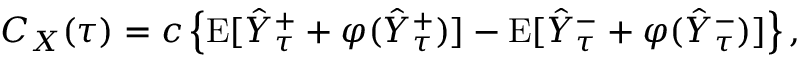
C _ { X } ( \tau ) = c \left\{ \mathrm { E } [ \hat { Y } _ { \tau } ^ { + } + \varphi ( \hat { Y } _ { \tau } ^ { + } ) ] - \mathrm { E } [ \hat { Y } _ { \tau } ^ { - } + \varphi ( \hat { Y } _ { \tau } ^ { - } ) ] \right\} ,